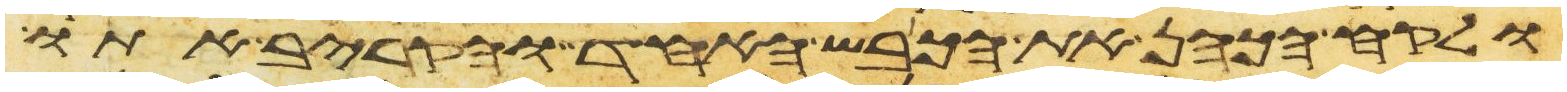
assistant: ולקח הכהן את הכבש האחד והקריב אתו